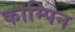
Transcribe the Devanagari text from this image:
काम्पिन